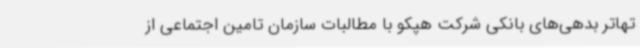
تهاتر بدهی‌های بانکی شرکت هپکو با مطالبات سازمان تامین اجتماعی از